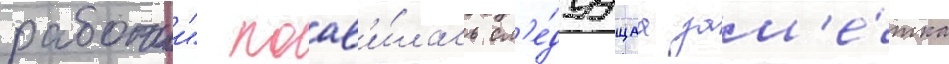
рабочии" поав'и́лась сл'е́дуущаа зам'е́тка